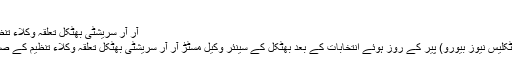
افتتاح کے ...
آر آر سریشٹی بھٹکل تعلقہ وکلاء تنظیم کے نئے صدر منتخب
بھٹکل: 11 جون، 19 (بھٹکلیس نیوز بیورو) پیر کے روز ہوئے انتخابات کے بعد بھٹکل کے سینئر وکیل مسٹڑ آر آر سریشٹی بھٹکل تعلقہ وکلاء تنظیم کے صدر منتخب کیے گئے ہیں۔